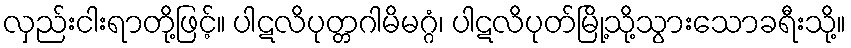
လှည်းငါးရာတို့ဖြင့်။ ပါဋလိပုတ္တဂါမိမဂ္ဂံ၊ ပါဋလိပုတ်မြို့သို့သွားသောခရီးသို့။